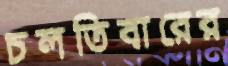
চলতিবারের